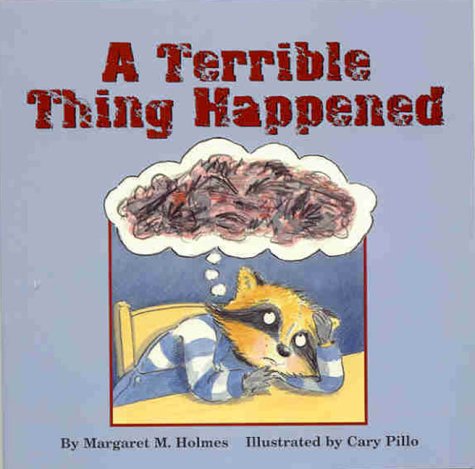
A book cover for A Terrible Thing Happened; Margaret M. Holmes; Children's Books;